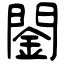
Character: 䦦